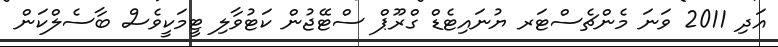
އަދި 2011 ވަނަ މެންޗެސްޓަރ ޔުނައިޓެޑް ގްރޫޕް ސްޓޭޖުން ކަޓުވާލި ޓީމަކީވެސް ބާސެލްކަން